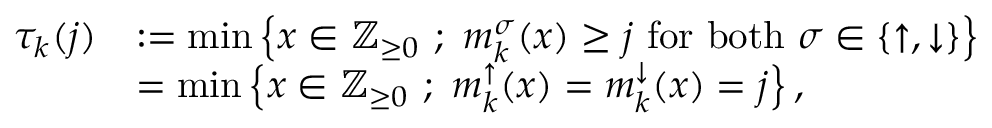
\begin{array} { r l } { \tau _ { k } ( j ) } & { : = \operatorname* { m i n } \left\{ x \in { \mathbb { Z } } _ { \ge 0 } \ ; \ m _ { k } ^ { \sigma } ( x ) \ge j \ \mathrm { f o r ~ b o t h } \ \sigma \in \left\{ \uparrow , \downarrow \right\} \right\} } \\ & { = \operatorname* { m i n } \left\{ x \in { \mathbb { Z } } _ { \ge 0 } \ ; \ m _ { k } ^ { \uparrow } ( x ) = m _ { k } ^ { \downarrow } ( x ) = j \right\} , } \end{array}